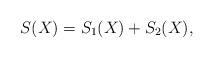
LaTeX: \begin{align*} S(X)=S_1(X)+S_2(X),\end{align*}